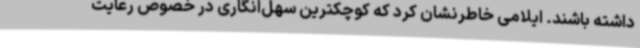
داشته باشند. ایلامی خاطرنشان کرد که کوچکترین سهل‌انگاری در خصوص رعایت